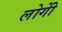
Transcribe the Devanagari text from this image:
लोगोें